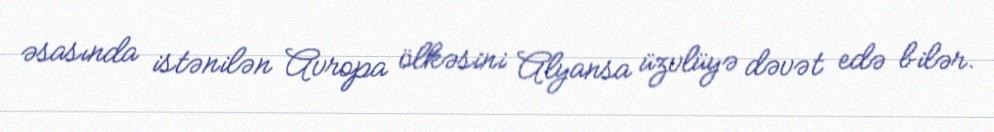
əsasında istənilən Avropa ölkəsini Alyansa üzvlüyə dəvət edə bilər.